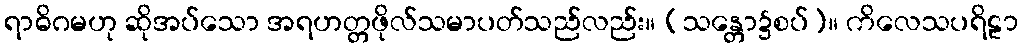
ရာဓိဂမဟု ဆိုအပ်သော အရဟတ္တဖိုလ်သမာပတ်သည်လည်း။ (သန္တော၌စပ်)။ ကိလေသပရိဠာ